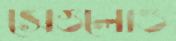
সেগুলোও